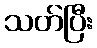
သတ်ပြီး